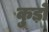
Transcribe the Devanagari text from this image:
कुड़ों